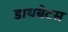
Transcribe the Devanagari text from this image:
डायबेटस